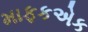
માફકએક